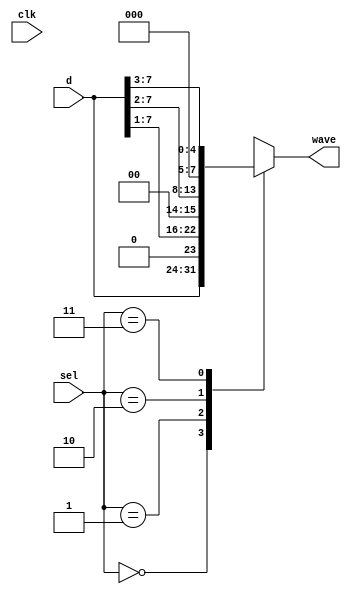
module AmpSelector (input clk, input [1:0] sel, input [7:0] d,output reg[7:0] wave);
	always @(sel) begin
		case(sel)
			2'd0: wave <= d;
			2'd1: wave <= {1'b0,d[7:1]};
			2'd2: wave <= {2'b0,d[7:2]};
			2'd3: wave <= {3'b0,d[7:3]};
			default: wave <= d;
		endcase
	end
endmodule